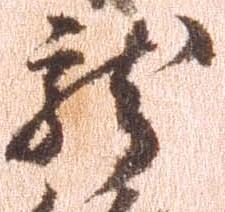
龍